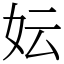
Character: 妘